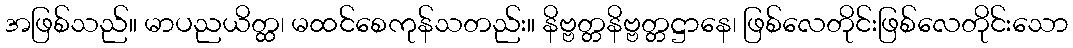
အဖြစ်သည်။ မာပညယိတ္ထ၊ မထင်စေကုန်သတည်း။ နိဗ္ဗတ္တနိဗ္ဗတ္တဋ္ဌာနေ၊ ဖြစ်လေတိုင်းဖြစ်လေတိုင်းသော